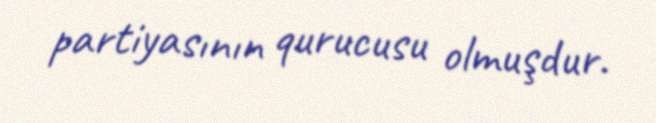
partiyasının qurucusu olmuşdur.